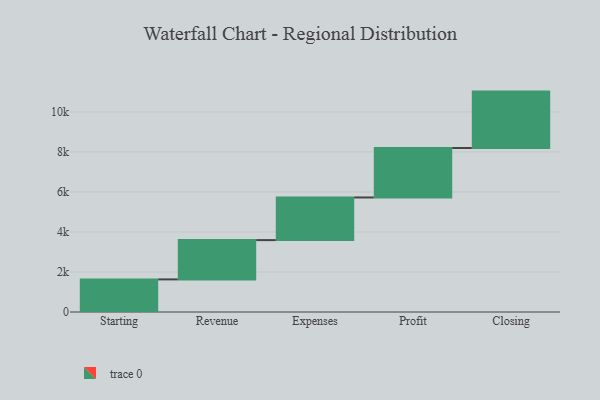
{"axis": {"x": "Step", "y": "Value"}, "legend": [""], "data": [{"x": "Starting", "y": 1630.0, "type": ""}, {"x": "Revenue", "y": 1963.0, "type": ""}, {"x": "Expenses", "y": 2132.0, "type": ""}, {"x": "Profit", "y": 2471.0, "type": ""}, {"x": "Closing", "y": 2820.0, "type": ""}]}